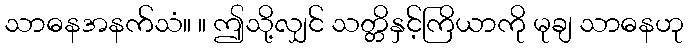
သာဓနအနက်သံ။ ။ ဤသို့လျှင် သတ္တိနှင့်ကြိယာကို မုချ သာဓနဟု